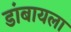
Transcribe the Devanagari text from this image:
डांबायला